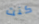
كنت